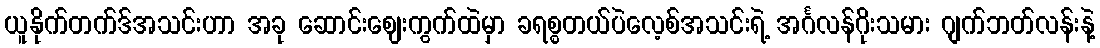
ယူနိုက်တက်ဒ်အသင်းဟာ အခု ဆောင်းဈေးကွက်ထဲမှာ ခရစ္စတယ်ပဲလေ့စ်အသင်းရဲ့ အင်္ဂလန်ဂိုးသမား ဂျက်ဘတ်လန်းနဲ့